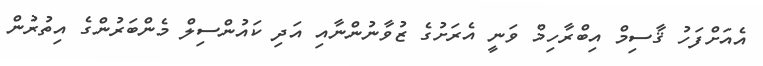
އެއަށްފަހު ޤާސިމް އިބްރާހިމް ވަނީ އެރަށުގެ ޒުވާނުންނާއި އަދި ކައުންސިލް މެންބަރުންގެ އިތުރުން